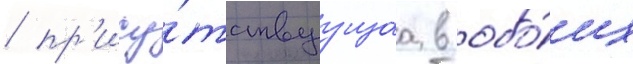
/ пр'ису́тствуущаа в обо́их